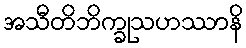
အသီတိဘိက္ခုသဟဿာနိ